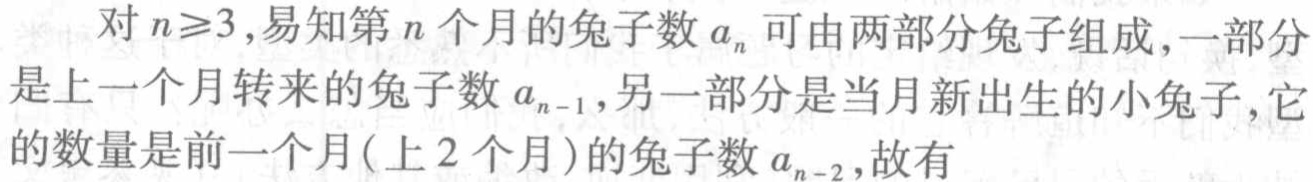
对 \(n\geq3\)，易知第 \(n\) 个月的兔子数 \(a_{n}\) 可由两部分兔子组成，一部分是上一个月转来的兔子数 \(a_{n - 1}\)，另一部分是当月新出生的小兔子，它的数量是前一个月（上 2 个月）的兔子数 \(a_{n - 2}\)，故有